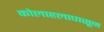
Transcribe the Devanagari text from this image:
कोलाहलापासून